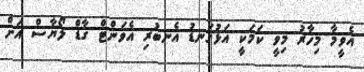
އެވީމާ މިހާރު މިވީ ކަމަކީ އަޅުގަނޑު އެނބުރި އެވަންޓް ގާޑް ލޯޔާސް އަށް